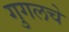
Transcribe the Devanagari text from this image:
गुगलचे